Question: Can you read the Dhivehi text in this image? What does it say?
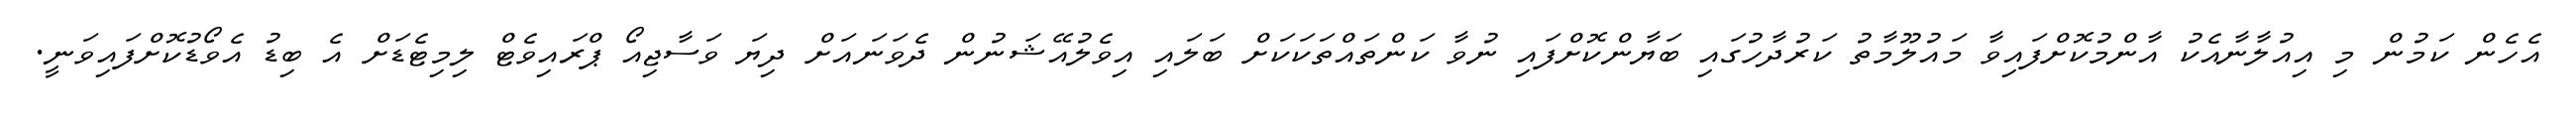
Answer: އެހެން ކަމުން މި އިއުލާނާއެކު އާންމުކޮށްފައިވާ މައުލޫމާތު ކަރުދާހުގައި ބަޔާންކޮށްފައި ނުވާ ކަންތައްތަކަކަށް ބަލައި އިވެލުއޭޝަނުން ދެވަނައަށް ދިޔަ ވަސާޖިއޯ ޕްރައިވެޓް ލިމިޓެޑަށް އެ ބިޑު އެވޯޑުކޮށްފައިވަނީ.